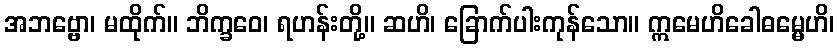
အဘဗ္ဗော၊ မထိုက်။ ဘိက္ခဝေ၊ ရဟန်းတို့။ ဆဟိ၊ ခြောက်ပါးကုန်သော။ ဣမေဟိခေါဓမ္မေဟိ၊